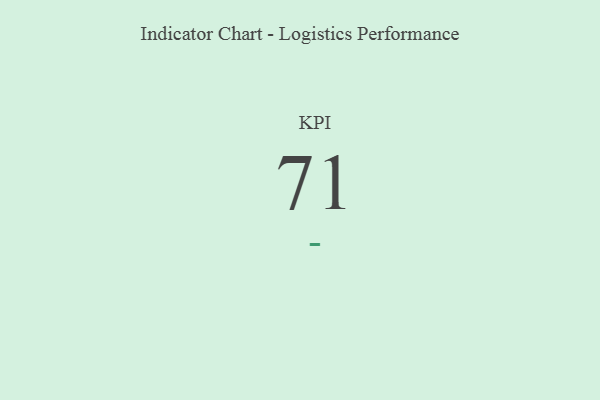
{"axis": {"x": "KPI", "y": "Value"}, "legend": [""], "data": [{"x": "KPI", "y": 71, "type": ""}]}